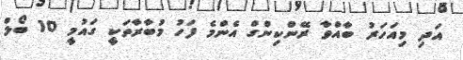
އަދި މިއަހަރު ބާއްވާ ރޭންކިންގް އެންމެ ފަހު މުބާރާތަކީ ގައުމީ 10 ބޯލް